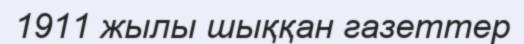
1911 жылы шыққан газеттер